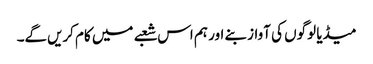
میڈیا لوگوں کی آواز بنے اور ہم اس شعبے میں کام کریں‌گے۔